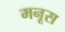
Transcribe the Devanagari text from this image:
मनूस